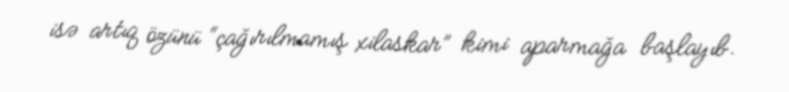
isə artıq özünü “çağırılmamış xilaskar” kimi aparmağa başlayıb.